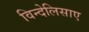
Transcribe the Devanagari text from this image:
विन्देलिसाए